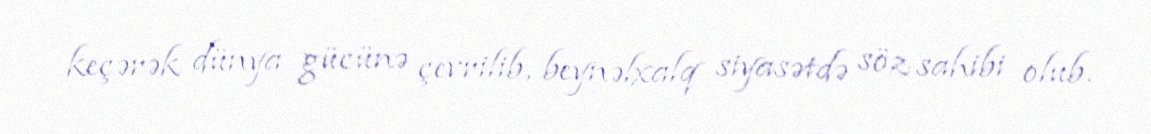
keçərək dünya gücünə çevrilib, beynəlxalq siyasətdə söz sahibi olub.